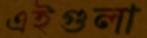
এইগুলা